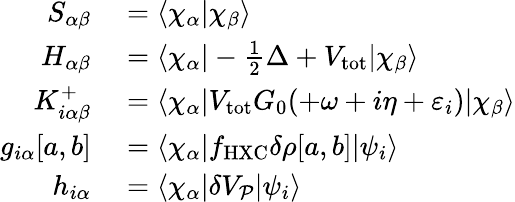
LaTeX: \begin{array}{rl}{S_{\alpha\beta}}&{{}=\langle\chi_{\alpha}|\chi_{\beta}\rangle}\\ {H_{\alpha\beta}}&{{}=\langle\chi_{\alpha}|-\frac 12\Delta+V_{\mathrm{tot}}|\chi_{\beta}\rangle}\\ {K_{i\alpha\beta}^{+}}&{{}=\langle\chi_{\alpha}|V_{\mathrm{tot}}G_{0}(+\omega+i\eta+\varepsilon_{i})|\chi_{\beta}\rangle}\\ {g_{i\alpha}[a,b]}&{{}=\langle\chi_{\alpha}|f_{\mathrm{HXC}}\delta\rho[a,b]|\psi_{i}\rangle}\\ {h_{i\alpha}}&{{}=\langle\chi_{\alpha}|\delta V_{\mathcal P}|\psi_{i}\rangle}\end{array}